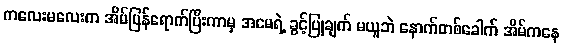
ကလေးမလေးက အိမ်ပြန်ရောက်ပြီးကာမှ အမေရဲ့ ခွင့်ပြုချက် မယူဘဲ နောက်တစ်ခေါက် အိမ်ကနေ